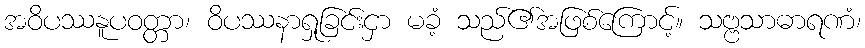
အဝိပဿနူပဝတ္တာ၊ ဝိပဿနာရှုခြင်းငှာ မခံ့ သည်၏အဖြစ်ကြောင့်။ သဗ္ဗသာဓာရဏံ၊